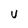
Character: U